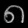
Digit: ၈